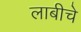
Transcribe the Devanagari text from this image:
लाबीचे